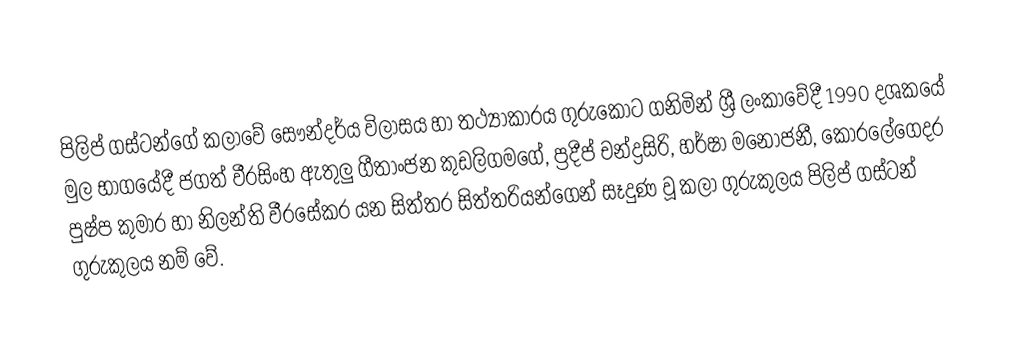
පිලිප් ගස්ටන්ගේ කලාවේ සෞන්දර්ය විලාසය හා තථ්‍යාකාරය ගුරුකොට ගනිමින් ශ්‍රී ලංකාවේදී 1990 දශකයේ මුල භාගයේදී ජගත් වීරසිංහ ඇතුලු ගීතාංජන කුඩලිගමගේ, ප්‍රදීප් චන්ද්‍රසිරි, හර්ෂා මනෝජනී, කෝරලේගෙදර පුෂ්ප කුමාර හා නිලන්ති වීරසේකර යන සිත්තර සිත්තරියන්ගෙන් සෑදුණ වූ කලා ගුරුකුලය පිලිප් ගස්ටන් ගුරුකුලය නම් වේ.